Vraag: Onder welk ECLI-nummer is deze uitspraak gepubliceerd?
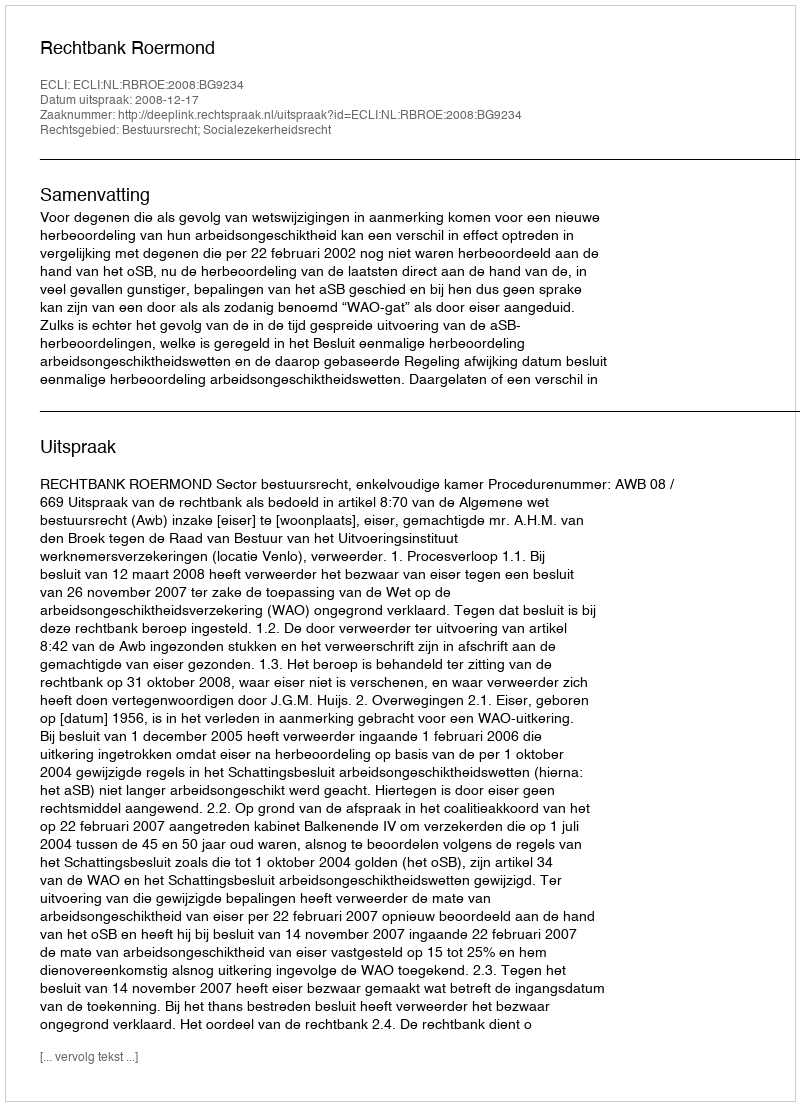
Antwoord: ECLI:NL:RBROE:2008:BG9234